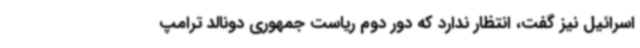
اسرائیل نیز گفت، انتظار ندارد که دور دوم ریاست جمهوری دونالد ترامپ